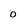
Character: 0